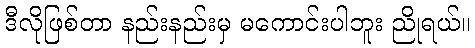
ဒီလိုဖြစ်တာ နည်းနည်းမှ မကောင်းပါဘူး ညိုရယ်။